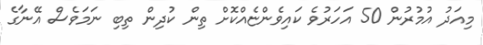
މިއަދު އުމުރުން 50 އަހަރުވެ ކައިވެންޏެއްކޮށް ތިން ކުދިން ތިބި ނަމަވެސް އޭނާގެ